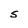
Character: s